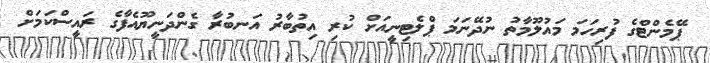
ޕޭމެންޓްގެ ފުރިހަމަ މައުލޫމާތު ނުދޭނަމަ ޕްލެޓިނީއަށް ކުރި އިތުބާރު އަނބުރާ ގެންދަނީޔޫއެފާގެ ރައީސްކަމަށް